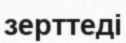
зерттеді